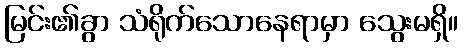
မြင်း၏ခွာ သံရိုက်သောနေရာမှာ သွေးမရှိ။